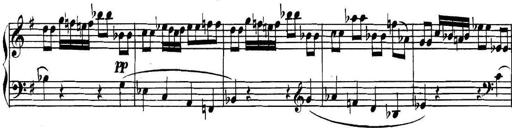
Title: Collected Piano Sonatas
Composer: Muzio Clementi